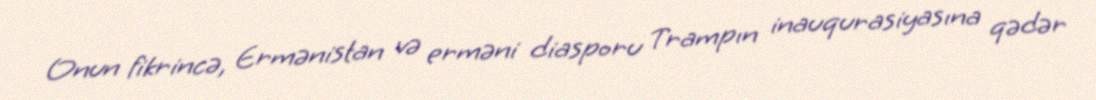
Onun fikrincə, Ermənistan və erməni diasporu Trampın inauqurasiyasına qədər